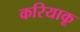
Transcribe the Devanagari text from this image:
करियाकू